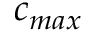
c _ { m a x }